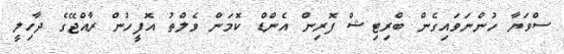
ސްވަޔާ ހުންނަވައިގެން ބްރިޓިޝް ފޮރިން އެންޑް ކޮމަން ވެލްތު އޮފީހުން ރާއްޖޭގެ ދާހިލީ